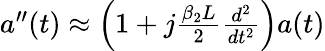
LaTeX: \begin{array}{r}{a^{\prime\prime}(t)\approx\left(1+j\frac{\beta_{2}L}{2}\frac{d^{2}}{dt^{2}}\right)a(t)}\end{array}